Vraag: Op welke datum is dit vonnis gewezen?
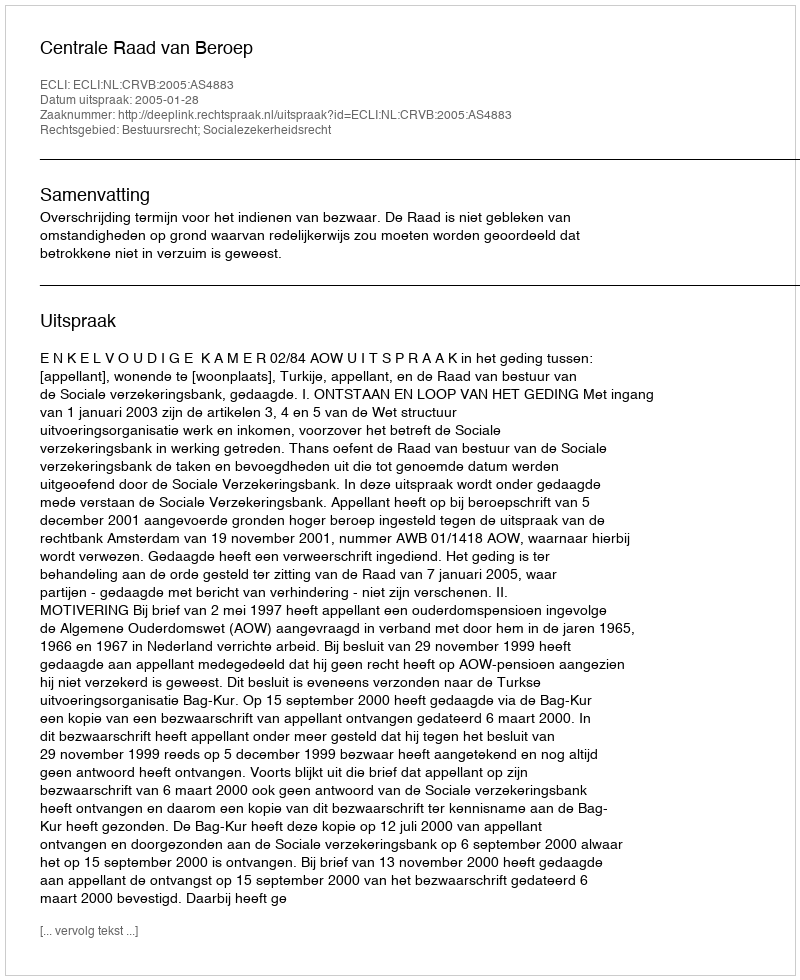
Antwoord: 2005-01-28